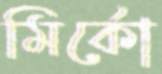
মির্কো